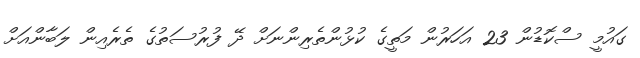
ގައުމީ ސްކޮޑުން 23 އަހަރުން މަތީގެ ކުޅުންތެރިންނަށް ދޭ ފުރުސަތުގެ ތެރެއިން ލަބާންއަށް